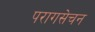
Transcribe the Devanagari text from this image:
परागसेचन